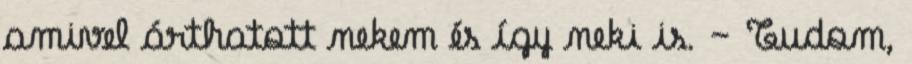
amivel árthatott nekem és így neki is. – Tudom,